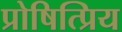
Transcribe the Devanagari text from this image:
प्रोषित्प्रिय